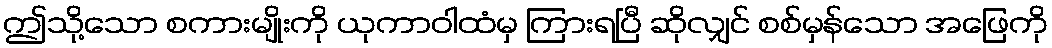
ဤသို့သော စကားမျိုးကို ယုကာဝါထံမှ ကြားရပြီ ဆိုလျှင် စစ်မှန်သော အဖြေကို